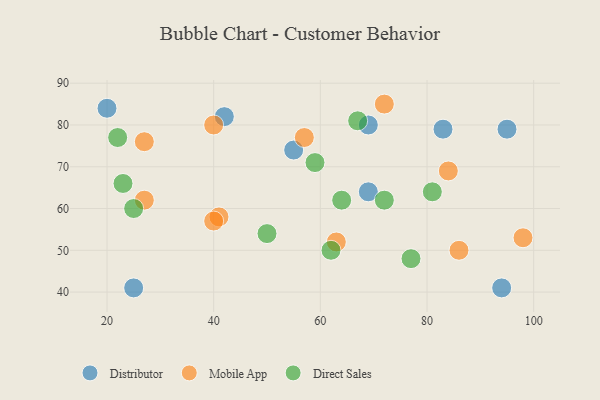
{"axis": {"x": "GDP", "y": "Life Expectancy"}, "legend": ["Direct Sales", "Distributor", "Mobile App"], "data": [{"x": "69", "y": 80, "type": "Distributor"}, {"x": "69", "y": 64, "type": "Distributor"}, {"x": "25", "y": 41, "type": "Distributor"}, {"x": "55", "y": 74, "type": "Distributor"}, {"x": "95", "y": 79, "type": "Distributor"}, {"x": "20", "y": 84, "type": "Distributor"}, {"x": "42", "y": 82, "type": "Distributor"}, {"x": "83", "y": 79, "type": "Distributor"}, {"x": "94", "y": 41, "type": "Distributor"}, {"x": "57", "y": 77, "type": "Mobile App"}, {"x": "72", "y": 85, "type": "Mobile App"}, {"x": "98", "y": 53, "type": "Mobile App"}, {"x": "41", "y": 58, "type": "Mobile App"}, {"x": "40", "y": 57, "type": "Mobile App"}, {"x": "40", "y": 80, "type": "Mobile App"}, {"x": "27", "y": 62, "type": "Mobile App"}, {"x": "84", "y": 69, "type": "Mobile App"}, {"x": "27", "y": 76, "type": "Mobile App"}, {"x": "63", "y": 52, "type": "Mobile App"}, {"x": "86", "y": 50, "type": "Mobile App"}, {"x": "77", "y": 48, "type": "Direct Sales"}, {"x": "67", "y": 81, "type": "Direct Sales"}, {"x": "62", "y": 50, "type": "Direct Sales"}, {"x": "72", "y": 62, "type": "Direct Sales"}, {"x": "25", "y": 60, "type": "Direct Sales"}, {"x": "64", "y": 62, "type": "Direct Sales"}, {"x": "23", "y": 66, "type": "Direct Sales"}, {"x": "59", "y": 71, "type": "Direct Sales"}, {"x": "81", "y": 64, "type": "Direct Sales"}, {"x": "22", "y": 77, "type": "Direct Sales"}, {"x": "50", "y": 54, "type": "Direct Sales"}]}